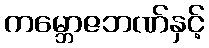
ကမ္ဘောဇဘဏ်နှင့်